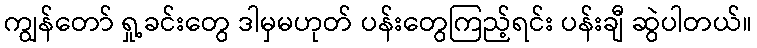
ကျွန်တော် ရှု့ခင်းတွေ ဒါမှမဟုတ် ပန်းတွေကြည့်ရင်း ပန်းချီ ဆွဲပါတယ်။